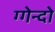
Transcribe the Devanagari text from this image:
ग्गेन्दो